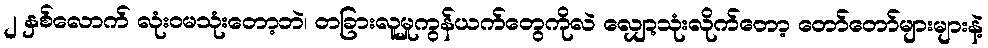
၂ နှစ်လောက် လုံးဝမသုံးတော့ဘဲ၊ တခြားလူမှုကွန်ယက်တွေကိုလဲ လျှော့သုံးလိုက်တော့ တော်တော်များများနဲ့